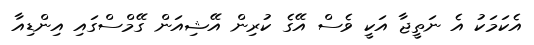
އެކަމަކު އެ ނަތީޖާ އަކީ ވެސް އޭގެ ކުރިން އޭޝިއަން ގޭމްސްގައި އިންޑިއާ